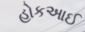
હોકઆઈ